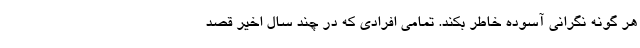
هر گونه نگرانی آسوده خاطر بکند. تمامی افرادی که در چند سال اخیر قصد